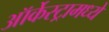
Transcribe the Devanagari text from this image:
ऑर्केस्ट्रामध्ये